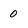
Character: 0